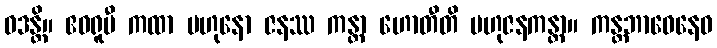
ဝဒန္တိ။ ဧဝရူပီ ကထာ ဗဟုနော ဇနဿ ကန္တာ ဟောတီတိ ဗဟုဇနကန္တာ။ ကန္တဘာဝေနေဝ